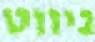
ניווט